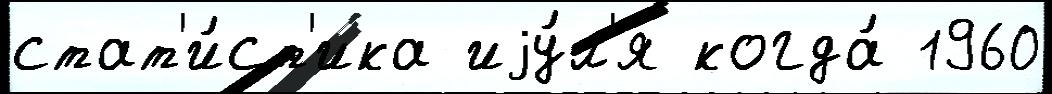
стат'и́ст'ика иjу́л'я когда́ 1960